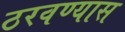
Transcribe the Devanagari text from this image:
ठरवण्यास